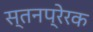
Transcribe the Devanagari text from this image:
स्तनप्रेरक